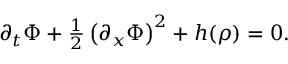
\begin{array} { r } { \partial _ { t } \Phi + \frac { 1 } { 2 } \left( \partial _ { x } \Phi \right) ^ { 2 } + h ( \rho ) = 0 . } \end{array}